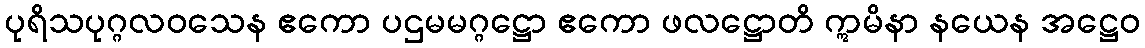
ပုရိသပုဂ္ဂလဝသေန ဧကော ပဌမမဂ္ဂဋ္ဌော ဧကော ဖလဋ္ဌောတိ ဣမိနာ နယေန အဋ္ဌေဝ